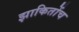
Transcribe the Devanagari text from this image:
झाकितोंच